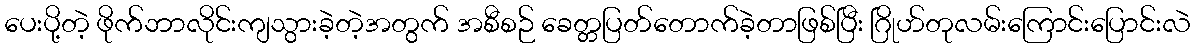
ပေးပို့တဲ့ ဖိုက်ဘာလိုင်းကျသွားခဲ့တဲ့အတွက် အစီစဉ် ခေတ္တပြတ်တောက်ခဲ့တာဖြစ်ပြီး ဂြိုဟ်တုလမ်းကြောင်းပြောင်းလဲ